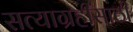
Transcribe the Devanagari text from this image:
सत्याग्रहींसाठी